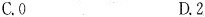
C.0 D.2